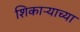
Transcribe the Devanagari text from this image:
शिकाऱ्याच्या